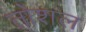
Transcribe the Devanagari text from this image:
तोशल